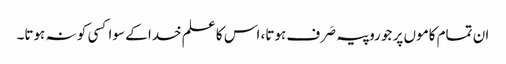
ان تمام کاموں پر جو روپیہ صَرف ہوتا، اس کا علم خدا کے سوا کسی کو نہ ہوتا۔